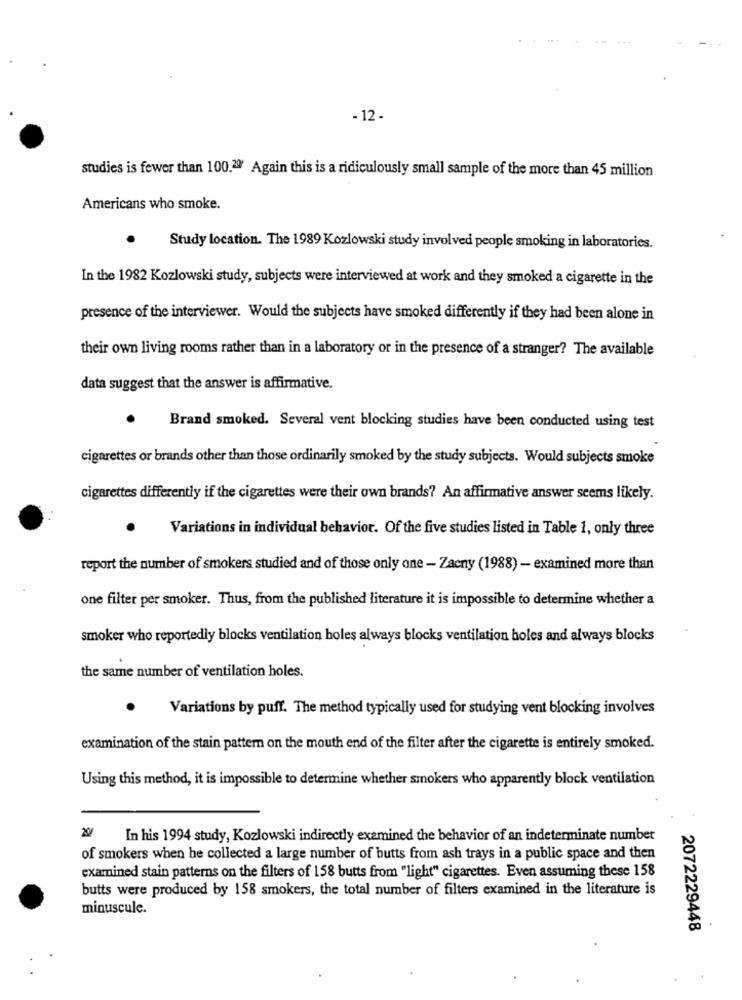
- 12 -
studies is fewer than 100.2º' Again this is a ridiculously small sample of the more than 45 million
Americans who smoke.
Study location. The 1989 Kozlowski study involved people smoking in laboratories.
In the 1982 Kozlowski study, subjects were interviewed at work and they smoked a cigarette in the
presence of the interviewer. Would the subjects have smoked differently if they had been alone in
their own living rooms rather than in a laboratory or in the presence of a stranger? The available
data suggest that the answer is affirmative.
Brand smoked. Several vent blocking studies have been conducted using test
cigarettes or brands other than those ordinarily smoked by the study subjects. Would subjects smoke
cigarettes differently if the cigarettes were their own brands? An affirmative answer seems likely.
Variations in individual behavior. Of the five studies listed in Table 1, only three
report the number of smokers studied and of those only one - Zacny (1988) - examined more than
one filter per smoker. Thus, from the published literature it is impossible to determine whether a
smoker who reportedly blocks ventilation holes always blocks ventilation holes and always blocks
the same number of ventilation holes.
Variations by puff. The method typically used for studying vent blocking involves
examination of the stain pattern on the mouth end of the filter after the cigarette is entirely smoked.
Using this method, it is impossible to determine whether smokers who apparently block ventilation
In his 1994 study, Kozlowski indirectly examined the behavior of an indeterminate number
of smokers when he collected a large number of butts from ash trays in a public space and then
examined stain patterns on the filters of 158 butts from "light" cigarettes. Even assuming these 158
butts were produced by 158 smokers, the total number of filters examined in the literature is
minuscule.
2072229448